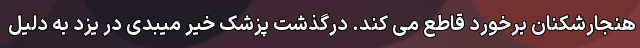
هنجارشکنان برخورد قاطع می کند. درگذشت پزشک خیر میبدی در یزد به دلیل